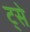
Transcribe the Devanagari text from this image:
ट्से